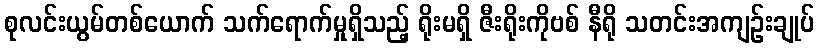
စုလင်းယွမ်တစ်ယောက် သက်ရောက်မှုရှိသည့် ရိုးမရှိ ဇီးရိုးကိုဗစ် နီရို သတင်းအကျဉ်းချုပ်